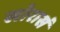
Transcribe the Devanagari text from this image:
खोरासं